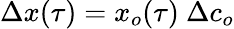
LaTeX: \Delta x(\tau)=x_{o}(\tau)\ \Delta c_{o}